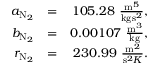
\begin{array} { r l r } { a _ { \mathrm { N } _ { 2 } } } & { = } & { 1 0 5 . 2 8 ~ \frac { \mathrm { m } ^ { 5 } } { \mathrm { k g } \mathrm { s } ^ { 2 } } , } \\ { b _ { \mathrm { N } _ { 2 } } } & { = } & { 0 . 0 0 1 0 7 ~ \frac { \mathrm { m } ^ { 3 } } { \mathrm { k g } } , } \\ { r _ { \mathrm { N } _ { 2 } } } & { = } & { 2 3 0 . 9 9 ~ \frac { \mathrm { m } ^ { 2 } } { \mathrm { s } ^ { 2 } K } . } \end{array}